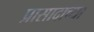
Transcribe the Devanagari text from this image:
प्रासादाच्या